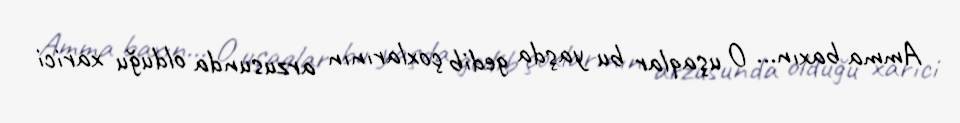
Amma baxın... O uşaqlar bu yaşda gedib çoxlarının arzusunda olduğu xarici